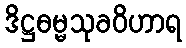
ဒိဋ္ဌဓမ္မသုခဝိဟာရ